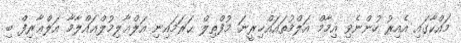
މައްކާގައި އެއިރު ހުންނެވި އިމާމް އަލްމުތައައްޚިރީނަ މުފްތިލް ޙަރަމައިނި އަލްޢާލިމުލްޢައްލާމާ އަލްޢާރިފް ބި